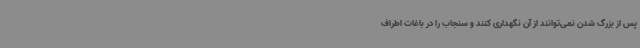
پس از بزرگ شدن نمی‌توانند از آن نگهداری کنند و سنجاب را در باغات اطراف